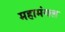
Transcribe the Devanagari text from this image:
महामंगल